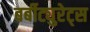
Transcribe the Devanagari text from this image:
बर्बीट्युरेट्स